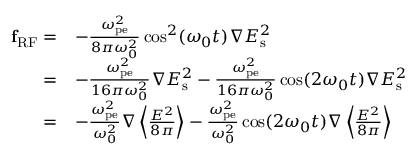
\begin{array} { r l } { \mathbf { f } _ { \mathrm { { R F } } } = } & { - \frac { \omega _ { \mathrm { p e } } ^ { 2 } } { 8 \pi \omega _ { 0 } ^ { 2 } } \cos ^ { 2 } ( \omega _ { 0 } t ) \boldsymbol \nabla { E } _ { \mathrm { s } } ^ { 2 } } \\ { = } & { - \frac { \omega _ { \mathrm { p e } } ^ { 2 } } { 1 6 \pi \omega _ { 0 } ^ { 2 } } \boldsymbol \nabla { E } _ { \mathrm { s } } ^ { 2 } - \frac { \omega _ { \mathrm { p e } } ^ { 2 } } { 1 6 \pi \omega _ { 0 } ^ { 2 } } \cos ( 2 \omega _ { 0 } t ) \boldsymbol \nabla { E } _ { \mathrm { s } } ^ { 2 } } \\ { = } & { - \frac { \omega _ { \mathrm { p e } } ^ { 2 } } { \omega _ { 0 } ^ { 2 } } \boldsymbol \nabla \left\langle \frac { { E } ^ { 2 } } { 8 \pi } \right\rangle - \frac { \omega _ { \mathrm { { p e } } } ^ { 2 } } { \omega _ { 0 } ^ { 2 } } \cos ( 2 \omega _ { 0 } t ) \boldsymbol \nabla \left\langle \frac { { E } ^ { 2 } } { 8 \pi } \right\rangle } \end{array}